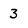
Character: 3